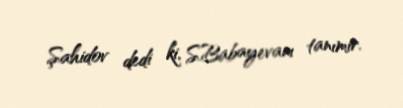
Şahidov dedi ki, S.Babayevanı tanımır.